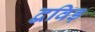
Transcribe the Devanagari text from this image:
द्वविड़